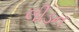
લીડન